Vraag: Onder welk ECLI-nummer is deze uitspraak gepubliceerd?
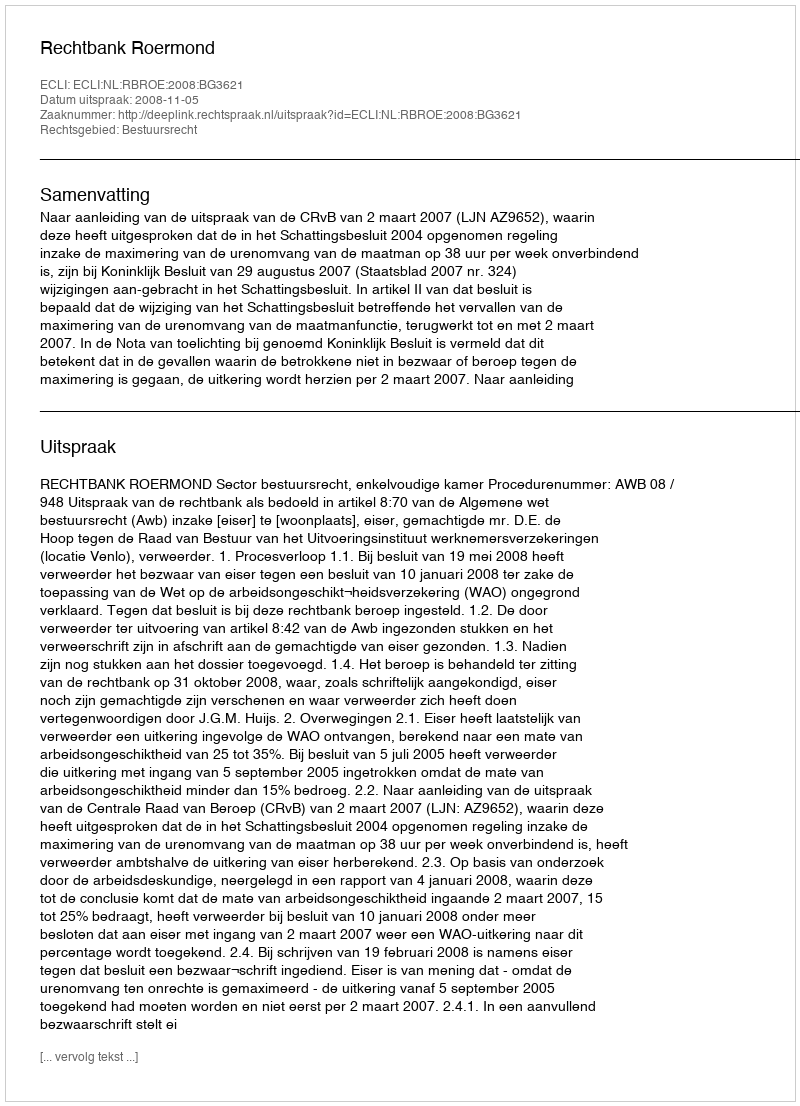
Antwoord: ECLI:NL:RBROE:2008:BG3621